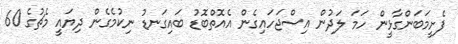
ފެށީމަބަންގާޅީން ހަމަ ލަދުން އިސްޖަހައިގެން އެއޮތްބޮޑު ބައިގަނޑު ނިކުމެގެން ދިޔައީ މެޗުގެ 60